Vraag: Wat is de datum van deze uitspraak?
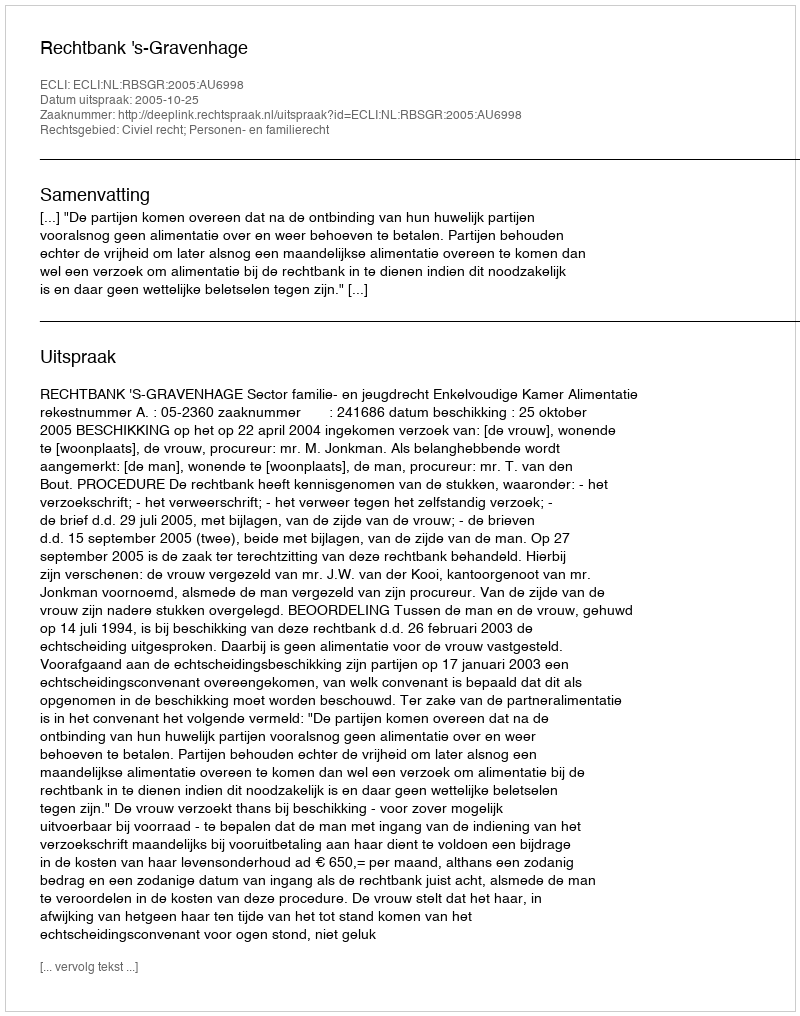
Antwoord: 2005-10-25